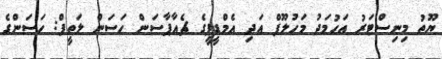
ޔޫތު މިނިސްޓަރު އަހުމަދު މަހުލޫފް އަދި އެމްޑީޕީގެ ޗެއާޕާސަން ހަސަން ލަތީފް: ހަސަންގެ